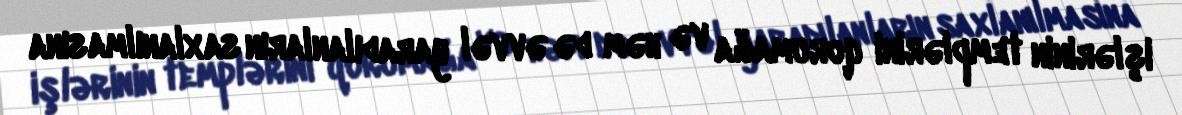
işlərinin templərini qorumağa və həm də əvvəl yaradılanların saxlanılmasına